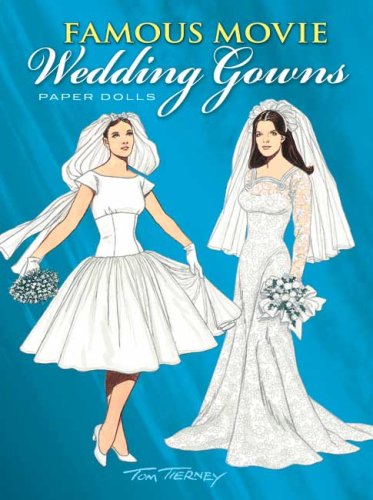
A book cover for Famous Movie Wedding Gowns Paper Dolls; Tom Tierney; Crafts, Hobbies & Home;